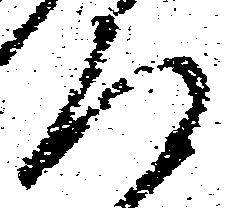
道